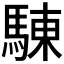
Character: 𩣳